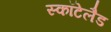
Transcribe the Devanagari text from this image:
स्कॉटेलैड